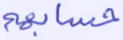
حسابهم